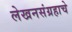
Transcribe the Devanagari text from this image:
लेखनसंग्रहाचे